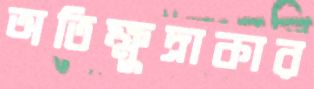
অতিক্ষুদ্রাকার